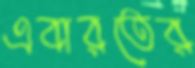
এবারতের